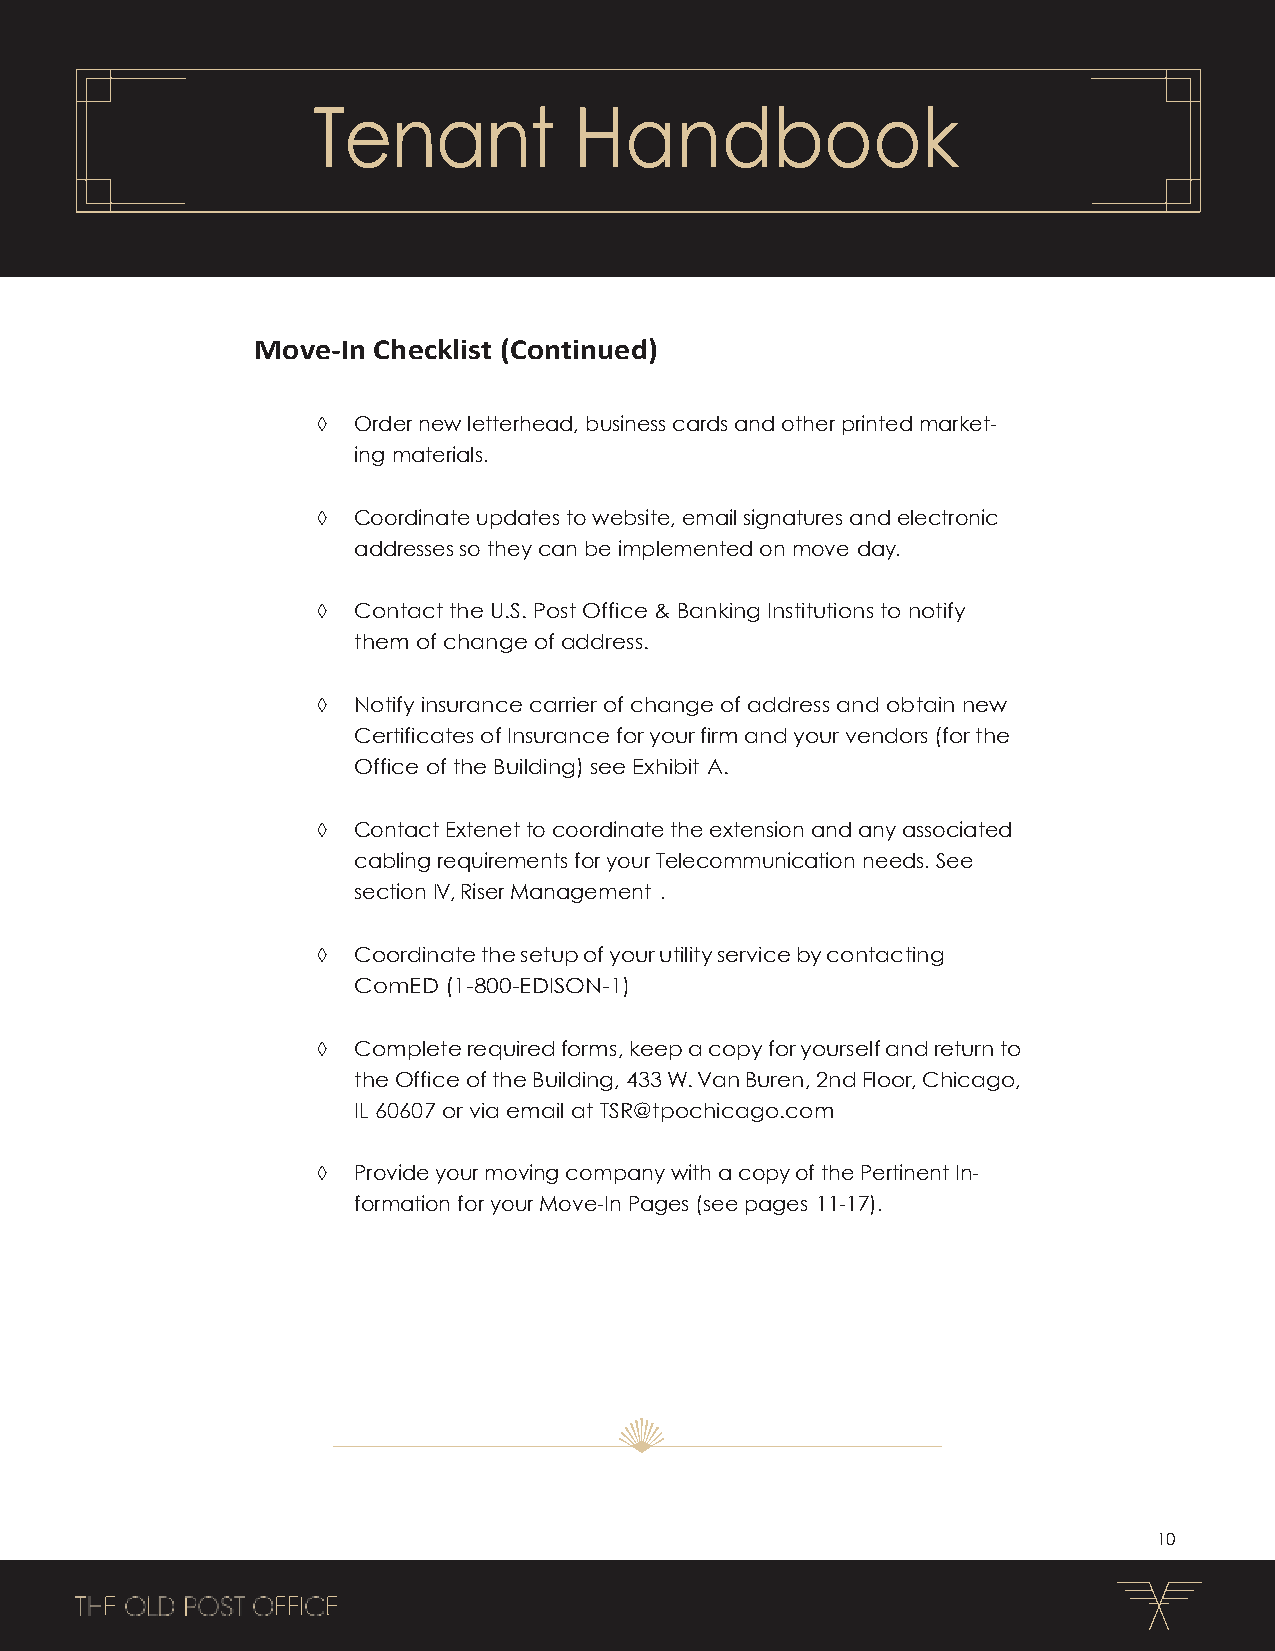
Tenant           Handbook
 Move-In Checklist (Continued)
  Order new letterhead, business cards and other printed market-
 ing materials.
  Coordinate updates to website, email signatures and electronic
 addresses so they can be implemented on move day.
  Contact the U.S. Post Office & Banking Institutions to notify
 them of change of address.
  Notify insurance carrier of change of address and obtain new
 Certificates of Insurance for your firm and your vendors (for the
 Office of the Building) see Exhibit A.
  Contact Extenet to coordinate the extension and any associated
 cabling requirements for your Telecommunication needs. See
 section IV, Riser Management .
  Coordinate the setup of your utility service by contacting
 ComED (1-800-EDISON-1)
  Complete required forms, keep a copy for yourself and return to
 the Office of the Building, 433 W. Van Buren, 2nd Floor, Chicago,
 IL 60607 or via email at TSR@tpochicago.com
  Provide your moving company with a copy of the Pertinent In-
 formation for your Move-In Pages (see pages 11-17).
 10